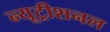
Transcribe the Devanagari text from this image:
न्यूट्रीशनल